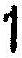
1